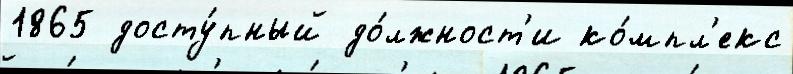
1865 досту́пный до́лжност'и ко́мпл'екс